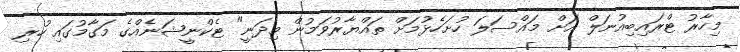
މިހާރު ޓްރައިބިއުނަލް އަށް މައްސަލަ ހުށަހެޅުމަށް ތައްޔާރުވަމުން މިދަނީ" ޓެކްނީޝަނެއްގެ މަގާމުގައި ހުރި